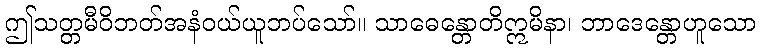
ဤသတ္တမီဝိဘတ်အနံဝယ်ယူဘပ်သော်။ သာဓေန္တောတိဣမိနာ၊ ဘာဒေန္တောဟူသော